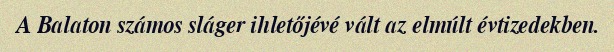
A Balaton számos sláger ihletőjévé vált az elmúlt évtizedekben.